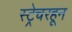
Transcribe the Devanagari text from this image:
स्ट्रेचरहून